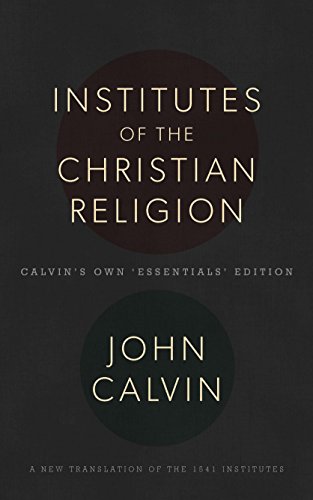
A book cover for The Institutes of the Christian Religion; John Calvin; Christian Books & Bibles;